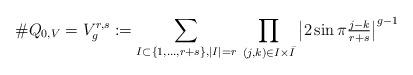
LaTeX: \begin{align*}\# Q_{0,V} = V_g^{r,s} := \sum_{I \subset \{ 1,\dots,r+s \}, |I|=r} \: \prod_{(j,k) \in I \times \bar{I}} \left| 2 \sin \pi \tfrac{j-k}{r+s} \right|^{g-1}\end{align*}